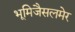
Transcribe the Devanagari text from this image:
भूमिजैसलमेर